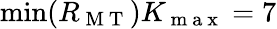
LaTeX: \operatorname*{min}(R_{\mathrm{~M~T~}})K_{\mathrm{~m~a~x~}}=7